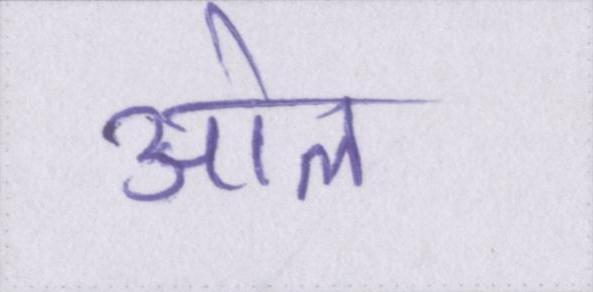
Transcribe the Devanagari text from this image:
ओले